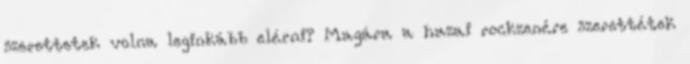
szerettetek volna leginkább elérni? Magára a hazai rockzenére szerettétek